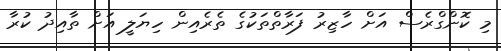
މި ކޮންގްރެސް އަށް ހާޒިރު ފަރާތްތަކުގެ ތެރެއިން ހިޔަލީ އަށް ތާއިދު ކުރާ